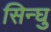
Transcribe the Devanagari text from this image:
सिन्घु